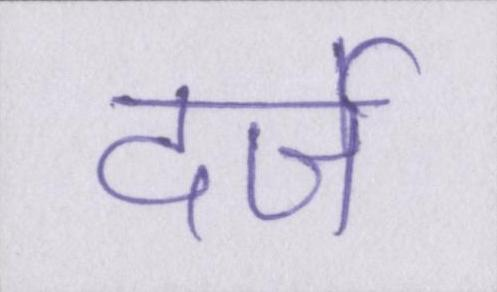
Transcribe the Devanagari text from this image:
दर्जे